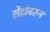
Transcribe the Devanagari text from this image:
सेंटांवरुन